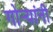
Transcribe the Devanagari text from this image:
गोर्‍यांनी